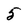
Character: 5